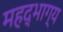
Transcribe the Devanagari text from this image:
महद्‌भाग्य